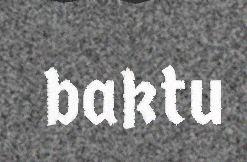
baktu